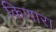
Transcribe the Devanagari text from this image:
किणारा